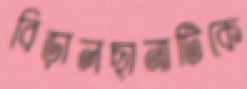
বিড়ালছানাটিকে